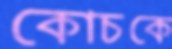
কোচকে